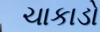
ચાકાડો